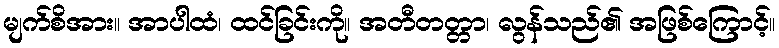
မျက်စိအား။ အာပါထံ၊ ထင်ခြင်းကို။ အတီတတ္တာ၊ လွန်သည်၏ အဖြစ်ကြောင့်။